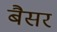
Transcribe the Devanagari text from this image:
बैसर